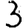
Digit: 3